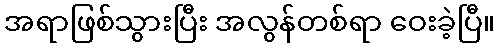
အရာဖြစ်သွားပြီး အလွန်တစ်ရာ ဝေးခဲ့ပြီ။